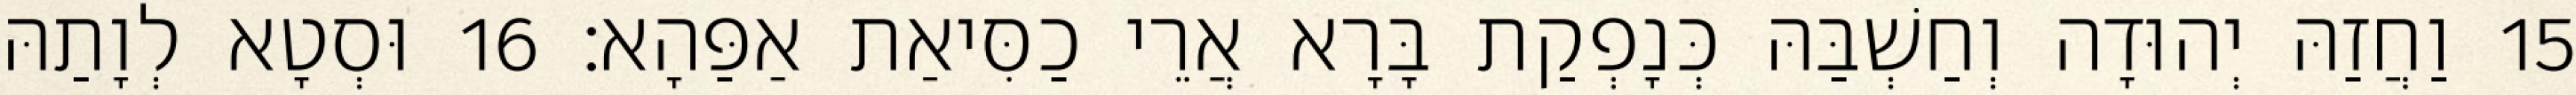
15 וַחֲזַהּ יְהוּדָה וְחַשְׁבַּהּ כְּנָפְקַת בָּרָא אֲרֵי כַסִּיאַת אַפַּהָא׃ 16 וּסְטָא לְוָתַהּ